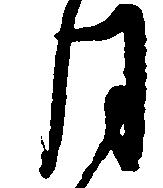
月